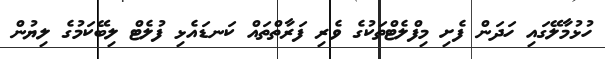
ހުޅުމާލޭގައި ހަދަން ފެށި މިފްލެޓްތަކުގެ ވެރި ފަރާތްތައް ކަނޑައެޅި ފުލެޓް ލިބޭކަމުގެ ލިޔުން